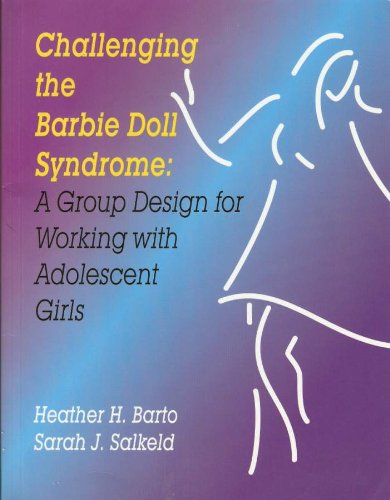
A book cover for Challenging the Barbie Doll Syndrome: A Group Design for Working with Adolescent Girls; Heather H. Barto; Health, Fitness & Dieting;